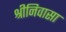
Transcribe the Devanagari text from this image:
श्रीनिवासा